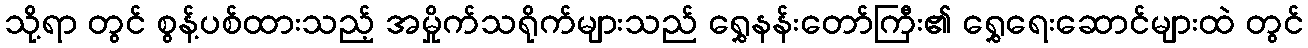
သို့ရာ တွင် စွန့်ပစ်ထားသည့် အမှိုက်သရိုက်များသည် ရွှေနန်းတော်ကြီး၏ ရွှေရေးဆောင်များထဲ တွင်